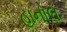
હાનોલ